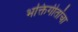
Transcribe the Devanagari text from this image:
भक्तिगीतांचा